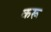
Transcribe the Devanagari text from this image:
करू